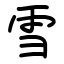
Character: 雪